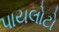
પાયલોટો